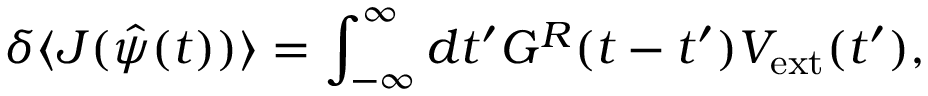
\delta \langle J ( \hat { \psi } ( t ) ) \rangle = \int _ { - \infty } ^ { \infty } d t ^ { \prime } G ^ { R } ( t - t ^ { \prime } ) V _ { \mathrm { e x t } } ( t ^ { \prime } \/ ) ,